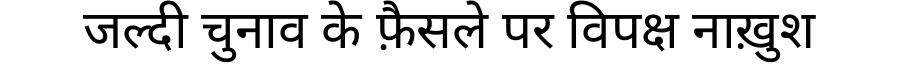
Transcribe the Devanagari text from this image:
जल्दी चुनाव के फ़ैसले पर विपक्ष नाख़ुश